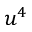
u ^ { 4 }